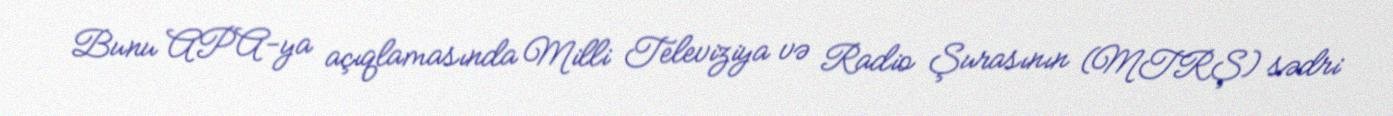
Bunu APA-ya açıqlamasında Milli Televiziya və Radio Şurasının (MTRŞ) sədri